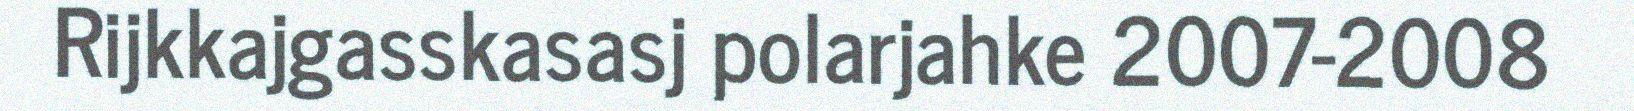
Rijkkajgasskasasj polarjahke 2007-2008